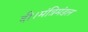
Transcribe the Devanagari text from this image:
दी।मंत्रिमंडल